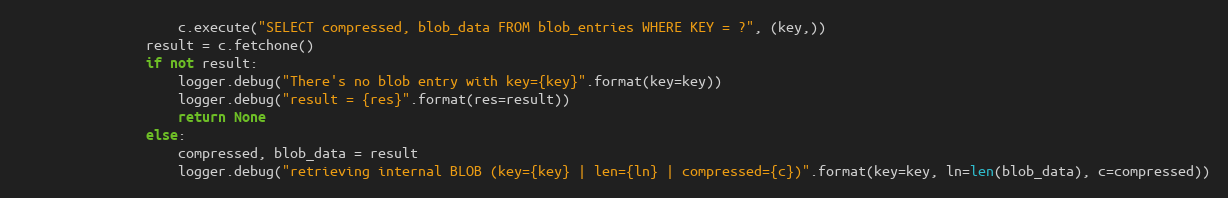
Language: Python
                    c.execute("SELECT compressed, blob_data FROM blob_entries WHERE KEY = ?", (key,))
                result = c.fetchone()
                if not result:
                    logger.debug("There's no blob entry with key={key}".format(key=key))
                    logger.debug("result = {res}".format(res=result))
                    return None
                else:
                    compressed, blob_data = result
                    logger.debug("retrieving internal BLOB (key={key} | len={ln} | compressed={c})".format(key=key, ln=len(blob_data), c=compressed))